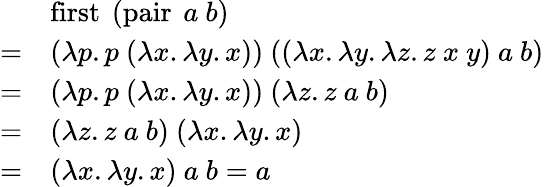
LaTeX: {\begin{array}{rl}&{\operatorname{first}\ (\operatorname{pair}\ a\ b)}\\ {=}&{(\lambda p.p\ (\lambda x.\lambda y.x))\ ((\lambda x.\lambda y.\lambda z.z\ x\ y)\ a\ b)}\\ {=}&{(\lambda p.p\ (\lambda x.\lambda y.x))\ (\lambda z.z\ a\ b)}\\ {=}&{(\lambda z.z\ a\ b)\ (\lambda x.\lambda y.x)}\\ {=}&{(\lambda x.\lambda y.x)\ a\ b=a}\end{array}}